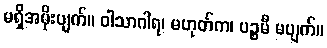
မရှိအမိုးပျက်။ ဝါသာဂါရ၊ မဟုတ်က၊ ပဉ္စမီ မပျက်။